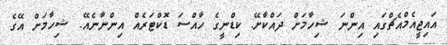
އައިޖީއެމްއެޗްގައި އިންނަ ޝިހާމަށް ދައްކާށޭ. ކިޑްނީގެ ހާއްސަ ޑޮކްޓަރެއް އިންނާނެއޭ. ޝިހާމަށް އޭގެ